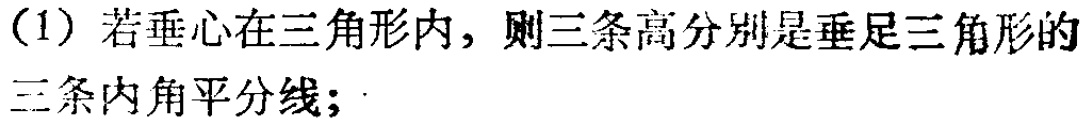
(1) 若垂心在三角形内，则三条高分别是垂足三角形的三条内角平分线；